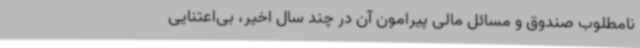
نامطلوب صندوق و مسائل مالی پیرامون آن در چند سال اخیر، بی‌اعتنایی